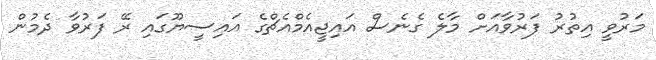
މަރުވީ އިތުރު ފަރުވާއަށް މާލެ ގެނެސް އައިޖީއެމްއެޗްގެ އައިސީޔޫގައި ރޭ ފަރުވާ ދެމުން